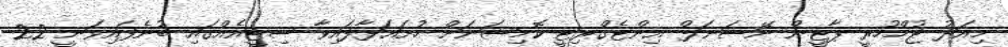
މިއަދު ޖުމްހުރީ ޕާޓީން ނޭޝަނަލް އިންޓެގްރިޓީ ކޮމިޝަނަށް ހުށައަޅާފައިވާ ސިޓީއެއްގައި ބުނެފައިވަނީ 22